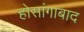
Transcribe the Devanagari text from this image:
होसांगाबाद